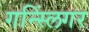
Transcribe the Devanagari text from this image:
गन्स्लिंगर